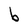
Character: b